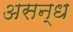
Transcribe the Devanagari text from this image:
असन्ध